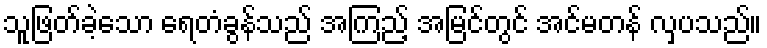
သူဖြတ်ခဲ့သော ရေတံခွန်သည် အကြည့် အမြင်တွင် အင်မတန် လှပသည်။